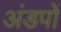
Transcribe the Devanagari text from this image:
अंडपों